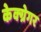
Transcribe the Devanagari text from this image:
केक्ग्रेगर